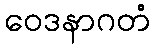
ဝေဒနာဂတံ